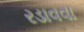
રડાવવા